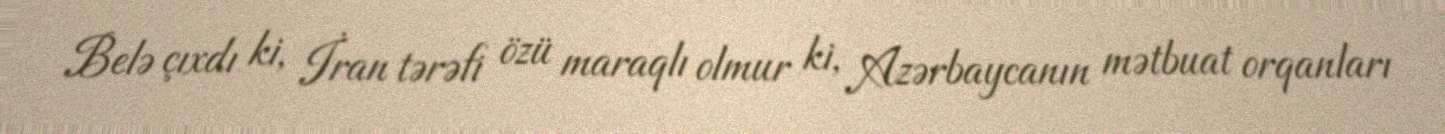
Belə çıxdı ki, İran tərəfi özü maraqlı olmur ki, Azərbaycanın mətbuat orqanları